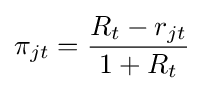
\pi _{jt}={\frac {R_{t}-r_{jt}}{1+R_{t}}}